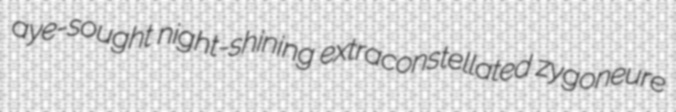
aye-sought night-shining extraconstellated zygoneure